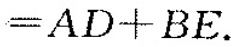
$$=AD+BE$$.